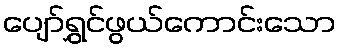
ပျော်ရွှင်ဖွယ်ကောင်းသော